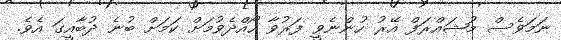
ނަމަވެސް މުޝައްރަފް އޭރު ހުންނެވީ ފަރުވާ ހޯއްދެވުމަށް ކަމަށް ބުނެ ދުބާއީގަ އެވެ.